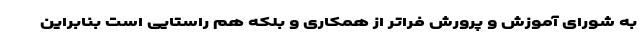
به شورای آموزش و پرورش فراتر از همکاری و بلکه هم راستایی است بنابراین